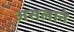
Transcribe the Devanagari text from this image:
असलाने